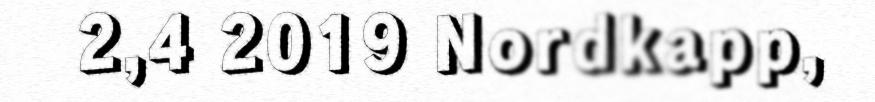
2,4 2019 Nordkapp,